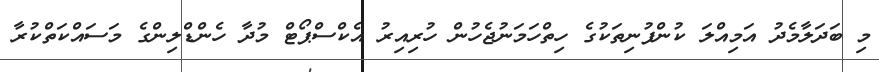
މި ބަދަލާމެދު އަމިއްލަ ކުންފުނިތަކުގެ ހިތްހަމަނުޖެހުން ހުރިއިރު އެކްސްޕޯޓް މުދާ ހެންޑްލިންގެ މަސައްކަތްކުރާ